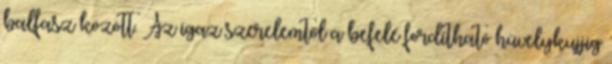
balfasz között. Az igaz szerelemtől a befelé fordítható hüvelykujjig